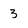
Character: 3